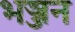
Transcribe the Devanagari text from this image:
भञ्जन